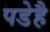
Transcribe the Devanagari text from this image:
पडेहै